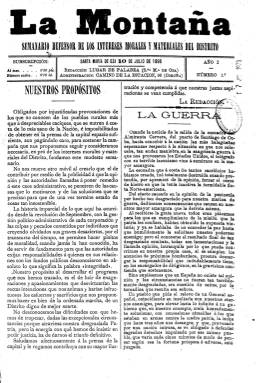
Título: La Montaña (Santa María de Oza)
Colección: Periódicos
Ámbito geográfico: La Coruña
Lugar de publicación: Santa María de Oza, Coruña
Fechas: 10/07/1898-02/04/1899

Con el subtítulo Semanario defensor de los intereses morales y materiales del distrito Santa María de Oza, esta publicación local se proponía luchar contra el caciquismo y regenerar la vida política en las zonas rurales. En su primer número de 10 de julio de 1898 declara solemne: “No nos mueve otro móvil que el contribuir a que la opinión y las autoridades llamadas a poner remedio a este caos administrativo se penetren de las causas que lo motivaron y de las soluciones que se precisan para que de una vez termine estado de cosas tan insostenible”.

   Compuesto a dos columnas, con cuatro páginas, la última de ellas dedicada a la publicidad para financiar la publicación, lo que era corriente en la época, este periódico es un buen ejemplo de cómo la prensa española, incluso la local, reflejó el estado exaltado del espíritu nacional ante la guerra con Estados Unidos que llevó al conocido Desastre del 98 por la pérdida de las últimas colonias españolas, Cuba, Puerto Rico y Filipinas.

    Ante la situación de manifiesta superioridad de las fuerzas norteamericanas, esta es la pomposa afirmación del periódico: “Si ha llegado la hora de sucumbir, busquemos la postura que conviene a los pueblos celosos de su honra y ayudemos, ya que por ahora no podamos hacerlo de otra forma, con nuestros recursos y por todos los medios a reanimar a los que en las trincheras de Santiago de Cuba gritan ¡Viva España! sin contar los enemigos que los acosan, y en Manila mantienen tan alta nuestra bandera”.

   Aunque se hacía eco de la actualidad nacional, como es el caso de la guerra de Cuba y Filipinas, la publicación estaba dedicada como es lógico a asuntos locales del distrito de Oza, territorio rural que años más tarde acabaría siendo anexado al municipio de la capital, La Coruña.

[Descripción publicada el 26/11/2018]